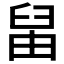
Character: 𦥪